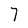
Character: 7